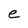
Character: e